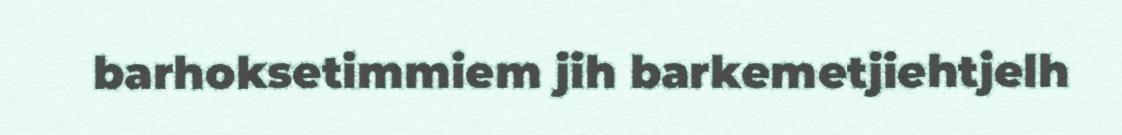
barhoksetimmiem jih barkemetjiehtjelh